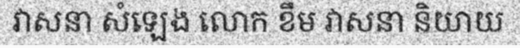
វាសនា សំឡេង លោក ខឹម វាសនា និយាយ